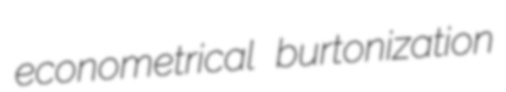
econometrical burtonization